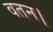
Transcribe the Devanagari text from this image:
वतन।